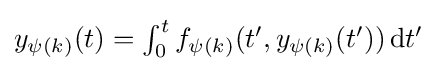
\textstyle y_{\psi (k)}(t)=\int _{0}^{t}f_{\psi (k)}(t',y_{\psi (k)}(t'))\,\mathrm {d} t'